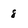
Character: 8